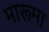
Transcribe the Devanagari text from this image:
मारूमा